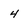
Character: 4